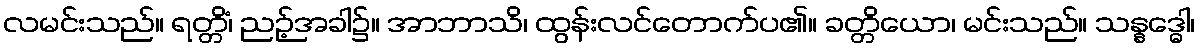
လမင်းသည်။ ရတ္တိံ၊ ညဉ့်အခါ၌။ အာဘာသိ၊ ထွန်းလင်တောက်ပ၏။ ခတ္တိယော၊ မင်းသည်။ သန္နဒ္ဓေါ၊